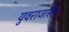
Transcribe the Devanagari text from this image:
युवराजसिंह